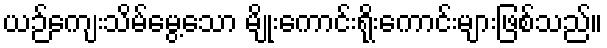
ယဉ်ကျေးသိမ်မွေ့သော မျိုးကောင်းရိုးကောင်းများဖြစ်သည်။